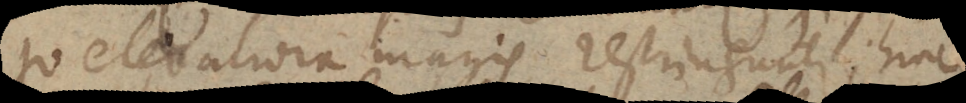
to elevatiora magis restringuntur; hinc